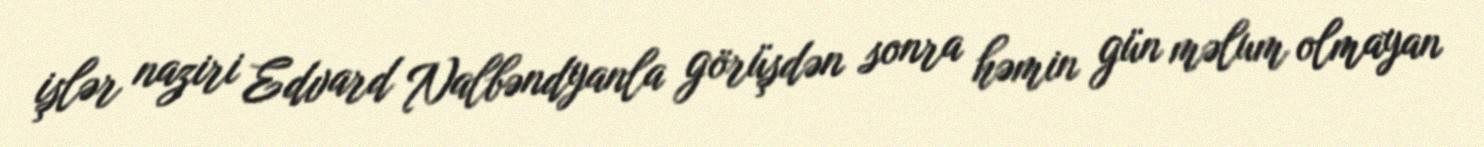
işlər naziri Edvard Nalbəndyanla görüşdən sonra həmin gün məlum olmayan